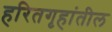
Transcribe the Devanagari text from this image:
हरितगृहांतील